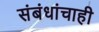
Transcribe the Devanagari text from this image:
संबंधांचाही